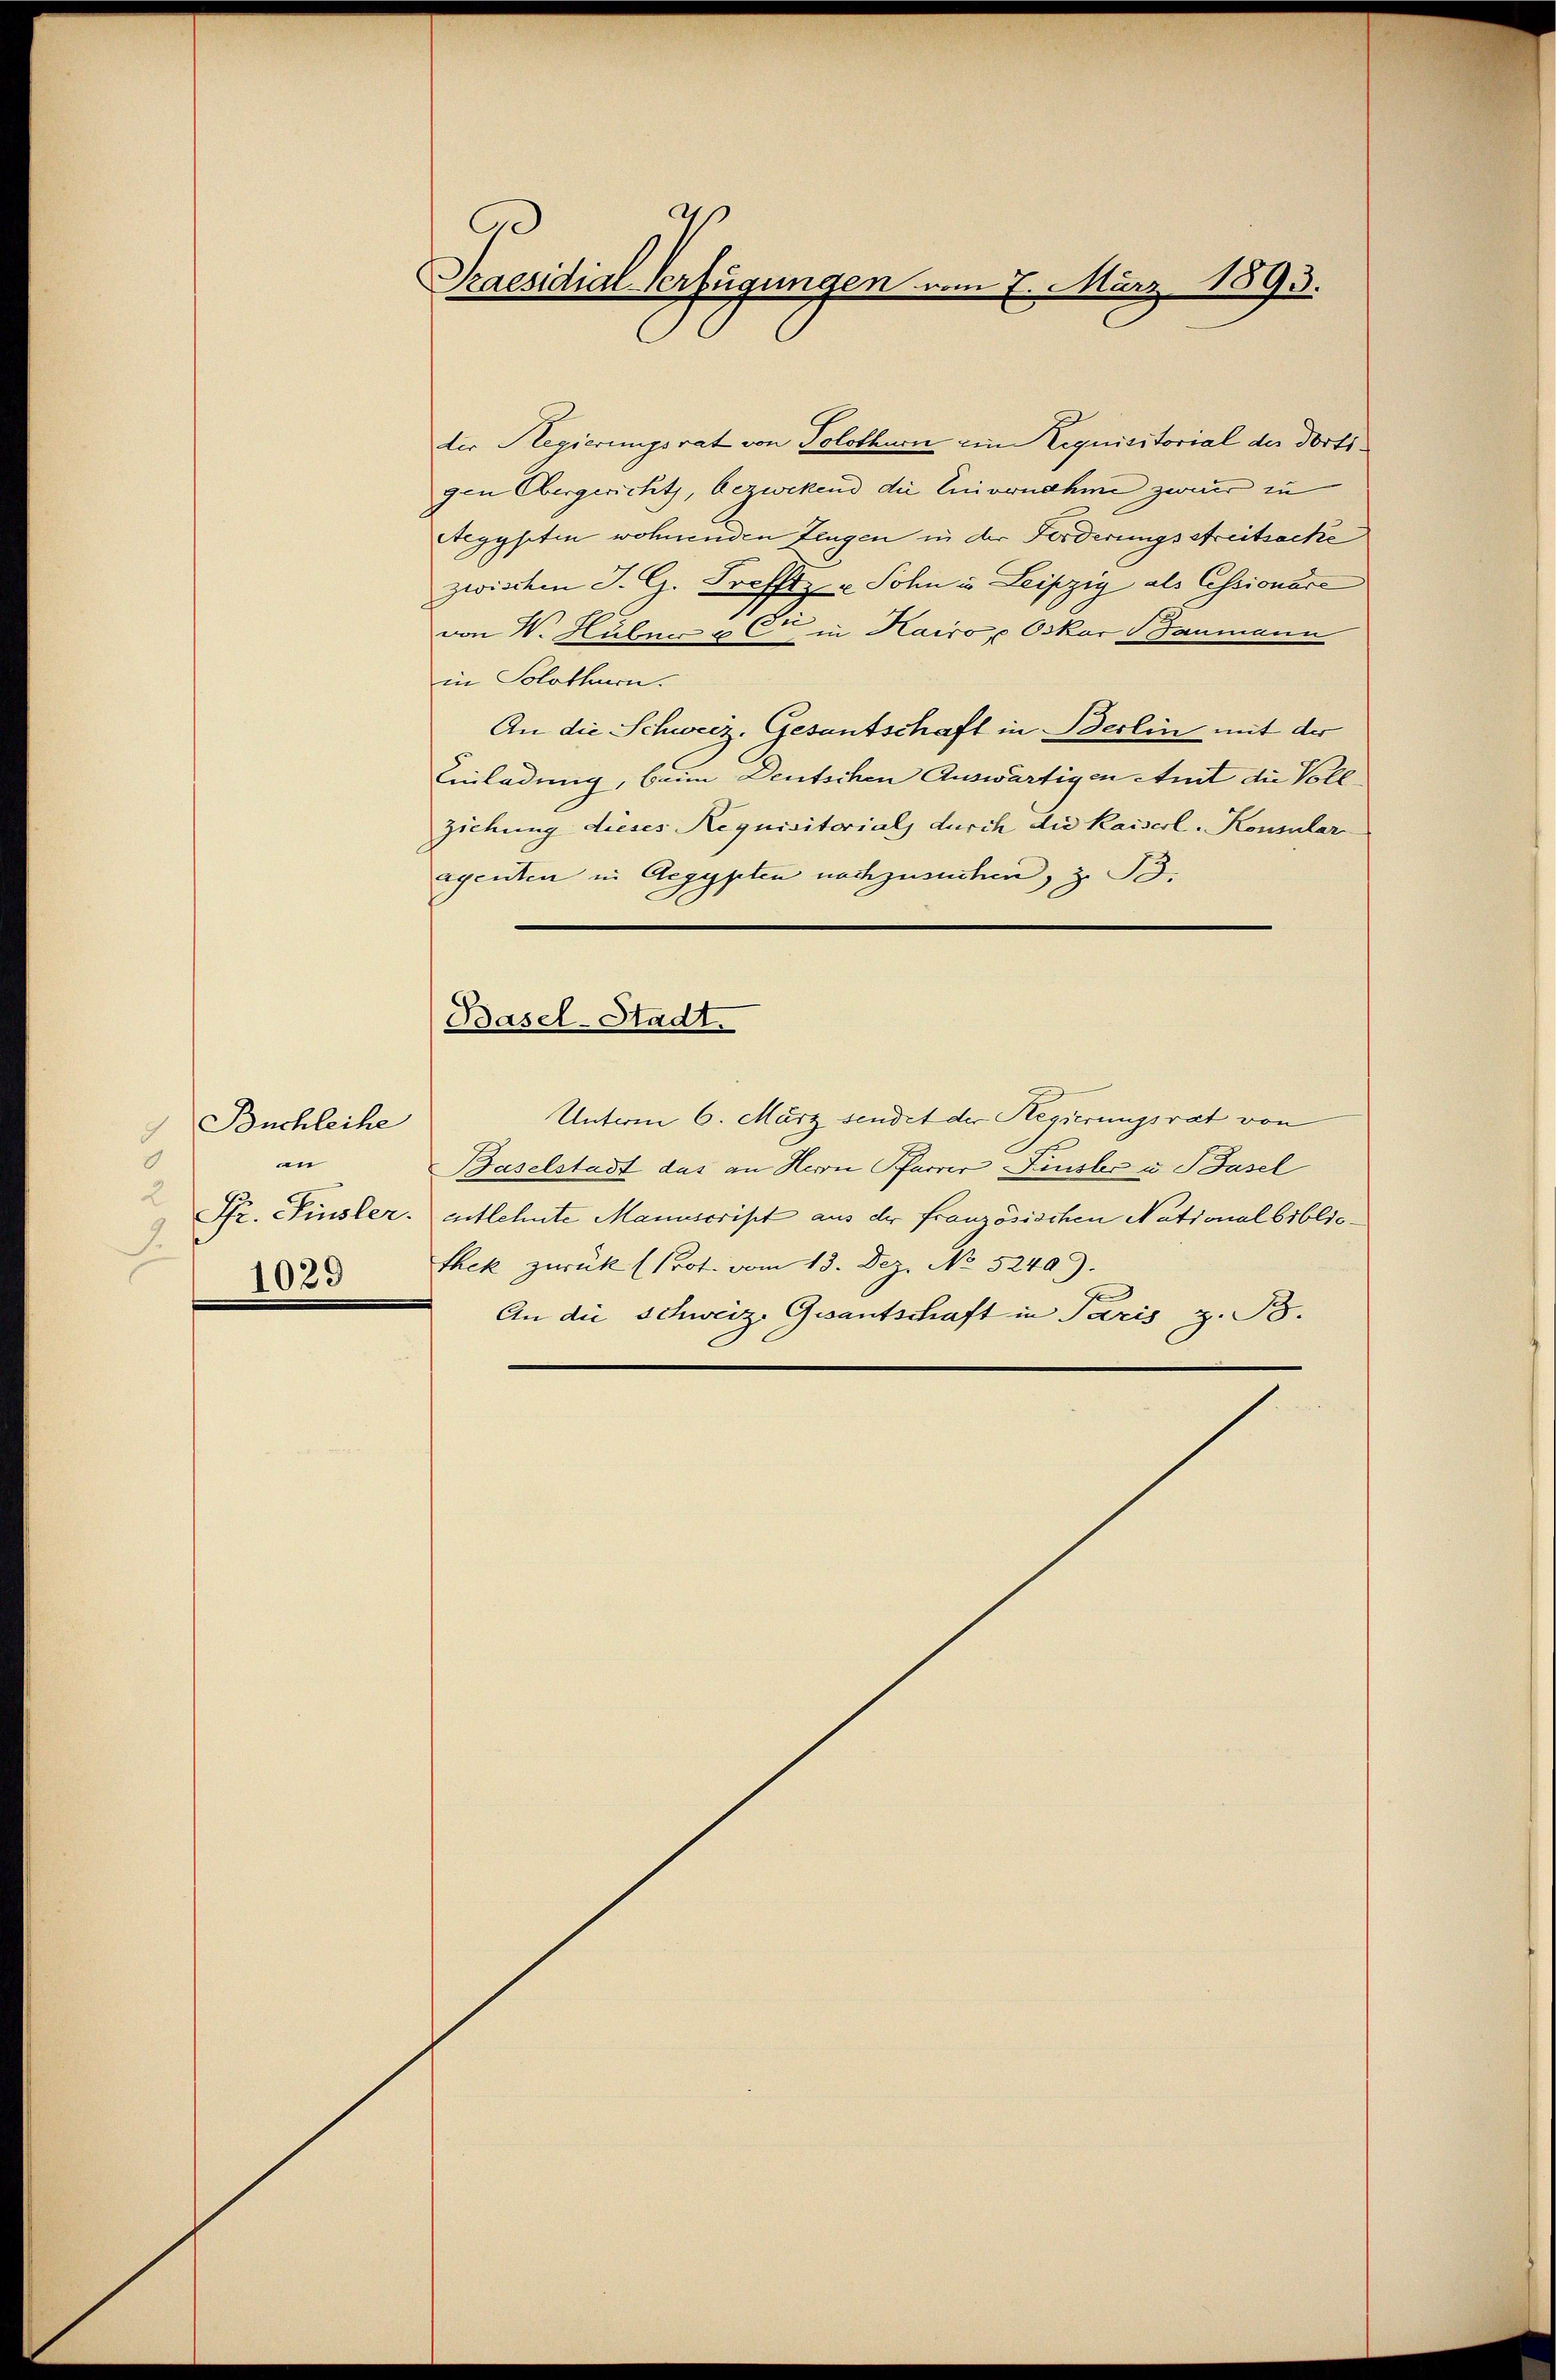
Buchleihe
d
.
n
2
.
1023

C
Praesidial-Verfügungen vom 7. März 1893.

der Regierungsrat von Tolothur ein Liquisitorial der dortigen Obergericht, bezwekend die Einvernahme zweier zu
Aegypten wohnenden Zeugen in der Forderungsstreitsache
zwischen J. G. Trefftz- u Sohn u. Leipzig als Essionarc
von W. Huber & Cie in Hairo Oskar Baumann
in Solothurn.
An die Schweiz. Gesantschaft in Berlin mit der
Einladung, beim Deutschen Auswärtigen Amt die Vollziehung dieses Requisitorials durch die Kaiserl. Konsular-
agenten in Aegypten nachzusuchen, z. B.
Basel-Stadt.
Unterm 6. März sendet der Regierungsrat von
Baselstadt das an Herrn Pfarrer Finsler u Basel
Pfr. Finsler. Entlehnte Manuscript aus der französischen Nationalbibliothek zurück (Prot. vom 13. Dez. No 5249).
An die Schweiz. Gesantschaft in Paris z. B.